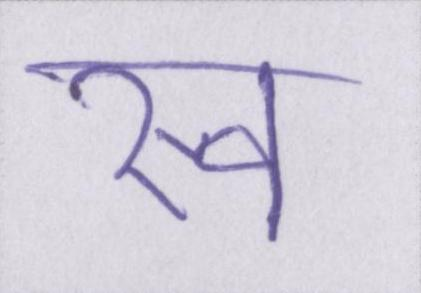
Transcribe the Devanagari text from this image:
स्व